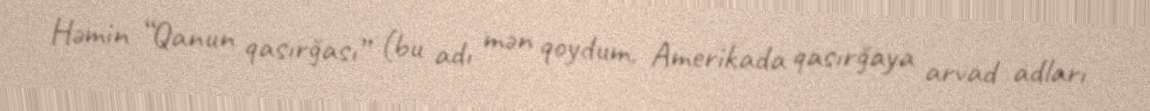
Həmin “Qanun qasırğası” (bu adı mən qoydum, Amerikada qasırğaya arvad adları